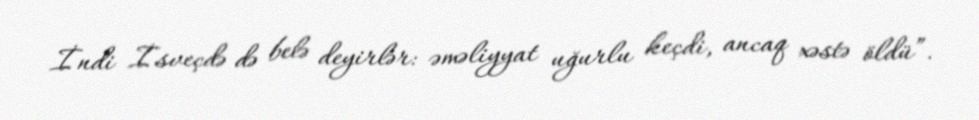
İndi İsveçdə də belə deyirlər: əməliyyat uğurlu keçdi, ancaq xəstə öldü”.